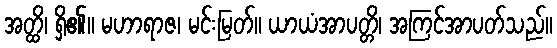
အတ္ထိ၊ ရှိ၏။ မဟာရာဇ၊ မင်းမြတ်။ ယာယံအာပတ္တိ၊ အကြင်အာပတ်သည်။